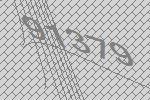
91379